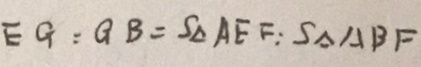
E G : G B = S _ { \Delta } A E F : S _ { \Delta } A B F